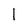
Character: 1